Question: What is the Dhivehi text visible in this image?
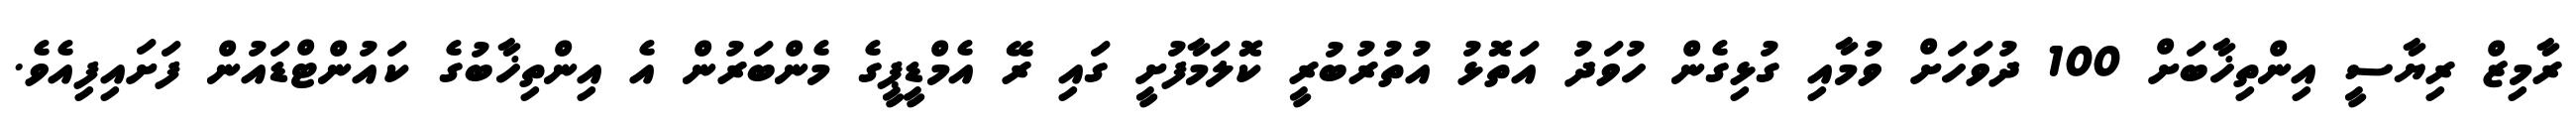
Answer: ރާމިޒް ރިޔާސީ އިންތިޚާބަށް 100 ދުވަހަށް ވުމާއި ގުޅިގެން ހުވަދު އަތޮޅު އުތުރުބުރީ ކޮލަމާފުށީ ގައި ރޭ އެމްޑީޕީގެ މެންބަރުން އެ އިންތިޚާބުގެ ކައުންޓްޑައުން ފަށައިފިއެވެ.